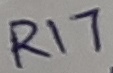
Text: R17